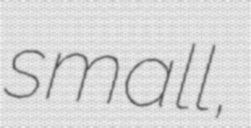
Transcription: small,